Annual report on the health of the army in India
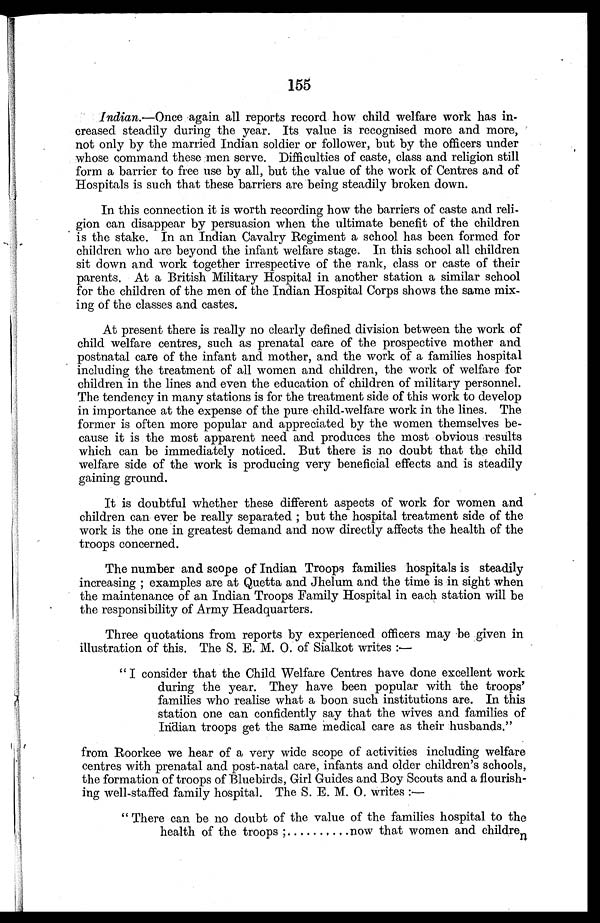
155
Indian.—Once again all reports record how child welfare work has in
- c r e a s e d s t e a d i l y d u r i n g t h e y e a r . I t s v a l u e i s r e c o g n i s e d m o r e a n d m o r e ,
not only by the married Indian soldier or follower, but by the officers under
whose command these men serve. Difficulties of caste, class and religion still
form a barrier to free use by all, but the value of the work of Centres and of
Hospitals is such that these barriers are being steadily broken down.
In this connection it is worth recording how the barriers of caste and reli
- g i o n c a n d i s a p p e a r b y p e r s u a s i o n w h e n t h e u l t i m a t e b e n e f i t o f t h e c h i l d r e n
is the stake. In an Indian Cavalry Regiment a school has been formed for
children who are beyond the infant welfare stage. In this school all children
sit down and work together irrespective of the rank, class or caste of their
parents. At a British Military Hospital in another station a similar school
for the children of the men of the Indian Hospital Corps shows the same mix
- i n g o f t h e c l a s s e s a n d c a s t e s .
At present there is really no clearly defined division between the work of
child welfare centres, such as prenatal care of the prospective mother and
postnatal care of the infant and mother, and the work of a families hospital
including the treatment of all women and children, the work of welfare for
children in the lines and even the education of children of military personnel.
The tendency in many stations is for the treatment side of this work to develop
in importance at the expense of the pure child-welfare work in the lines. The
former is often more popular and appreciated by the women themselves be
- c a u s e i t i s t h e m o s t a p p a r e n t n e e d a n d p r o d u c e s t h e m o s t o b v i o u s r e s u l t s
which can be immediately noticed. But there is no doubt that the child
welfare side of the work is producing very beneficial effects and is steadily
gaining ground.
It is doubtful whether these different aspects of work for women and
children can ever be really separated; but the hospital treatment side of the
work is the one in greatest demand and now directly affects the health of the
troops concerned.
The number and scope of Indian Troops families hospitals is steadily
increasing; examples are at Quetta and Jhelum and the time is in sight when
the maintenance of an Indian Troops Family Hospital in each station will be
the responsibility of Army Headquarters.
Three quotations from reports by experienced officers may be given in
illustration of this. The S. E. M. O. of Sialkot writes:—
" I c o n s i d e r t h a t t h e C h i l d W e l f a r e C e n t r e s h a v e d o n e e x c e l l e n t w o r k
during the year. They have been popular with the troops'
families who realise what a boon such institutions are. In this
station one can confidently say that the wives and families of
Indian troops get the same medical care as their husbands."
from Roorkee we hear of a very wide scope of activities including welfare
centres with prenatal and post-natal care, infants and older children's schools,
the formation of troops of Bluebirds, Girl Guides and Boy Scouts and a flourish
- ing well-staffed family hospital. The S. E. M. O. writes:
—
"There can be no doubt of the value of the families hospital to the
health of the troops;.......... now that women and children